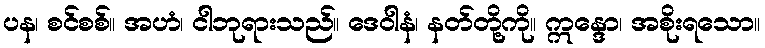
ပန၊ စင်စစ်။ အဟံ၊ ငါဘုရားသည်။ ဒေဝါနံ၊ နတ်တို့ကို။ ဣန္ဒော၊ အစိုးရသော။